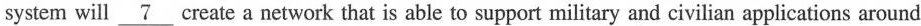
system will \underline{7} create a network that is able to support military and civilian applications around